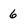
Character: 6